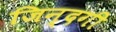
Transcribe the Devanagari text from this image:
जिन्‍दगी